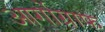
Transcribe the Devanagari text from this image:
आर्गोग्राफ